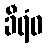
ခီရံဝ